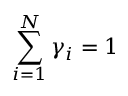
\sum _ { i = 1 } ^ { N } \gamma _ { i } = 1